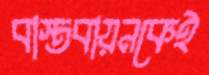
বাস্তবায়নকেই